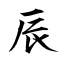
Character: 辰